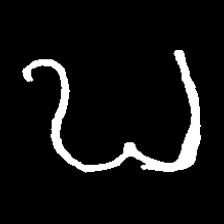
Pyu character \u2014 Myanmar letter: ဎ (romanized: ddha)